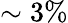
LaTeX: \sim 3\%